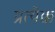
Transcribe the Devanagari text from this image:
प्रत्येक्क